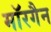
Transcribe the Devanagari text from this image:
मॉरगैन